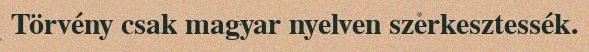
Törvény csak magyar nyelven szerkesztessék.